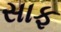
સાફ